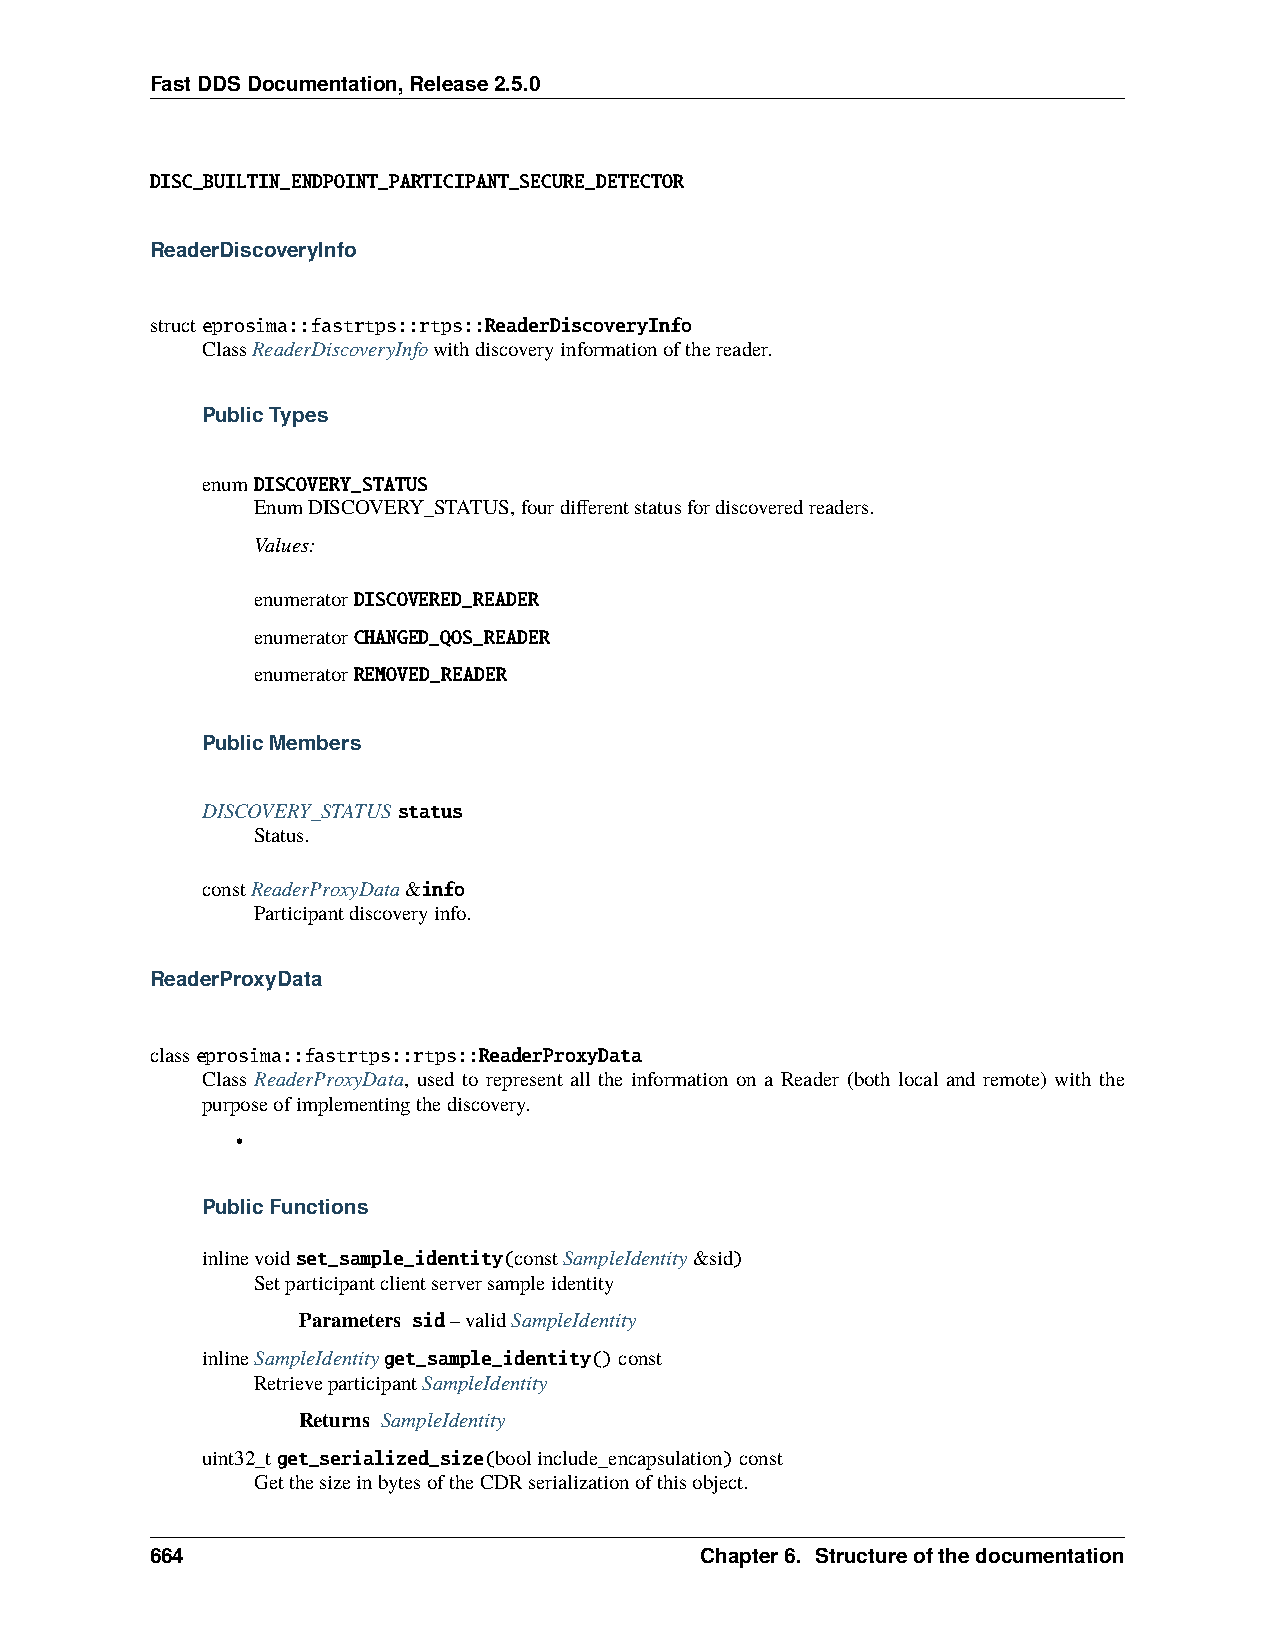
FastDDSDocumentation,Release2.5.0
 DISC_BUILTIN_ENDPOINT_PARTICIPANT_SECURE_DETECTOR
 ReaderDiscoveryInfo
 structeprosima::fastrtps::rtps::ReaderDiscoveryInfo
 ClassReaderDiscoveryInfowithdiscoveryinformationofthereader.
 PublicTypes
 enumDISCOVERY_STATUS
 EnumDISCOVERY_STATUS,fourdifferentstatusfordiscoveredreaders.
 Values:
 enumeratorDISCOVERED_READER
 enumeratorCHANGED_QOS_READER
 enumeratorREMOVED_READER
 PublicMembers
 DISCOVERY_STATUSstatus
 Status.
 constReaderProxyData&info
 Participantdiscoveryinfo.
 ReaderProxyData
 classeprosima::fastrtps::rtps::ReaderProxyData
 Class ReaderProxyData, used to represent all the information on a Reader (both local and remote) with the
 purposeofimplementingthediscovery.
 •
 PublicFunctions
 inlinevoidset_sample_identity(constSampleIdentity&sid)
 Setparticipantclientserversampleidentity
 Parameters sid–validSampleIdentity
 inlineSampleIdentityget_sample_identity()const
 RetrieveparticipantSampleIdentity
 Returns SampleIdentity
 uint32_tget_serialized_size(boolinclude_encapsulation)const
 GetthesizeinbytesoftheCDRserializationofthisobject.
 664                                 Chapter6. Structureofthedocumentation